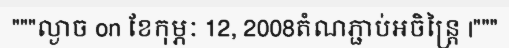
"""ល្ងាច on ខែកុម្ភៈ 12, 2008តំណភ្ជាប់អចិន្ត្រៃ |"""